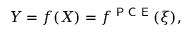
Y = f ( X ) = f ^ { \textsf { P C E } } ( \xi ) ,